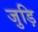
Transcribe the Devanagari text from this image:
जुड़ि